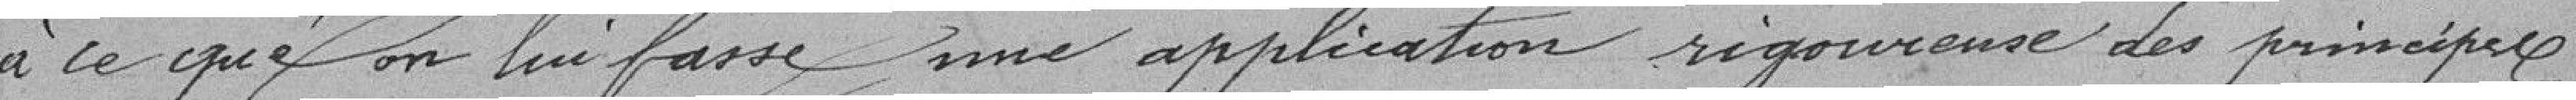
à ce qu'on lui fasse une application rigoureuse des principes